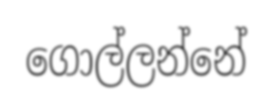
ගොල්ලන්නේ